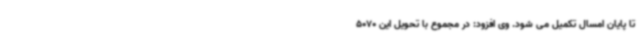
تا پایان امسال تکمیل می شود. وی افزود: در مجموع با تحویل این 5070